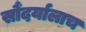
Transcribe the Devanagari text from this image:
सौंदर्यालाच